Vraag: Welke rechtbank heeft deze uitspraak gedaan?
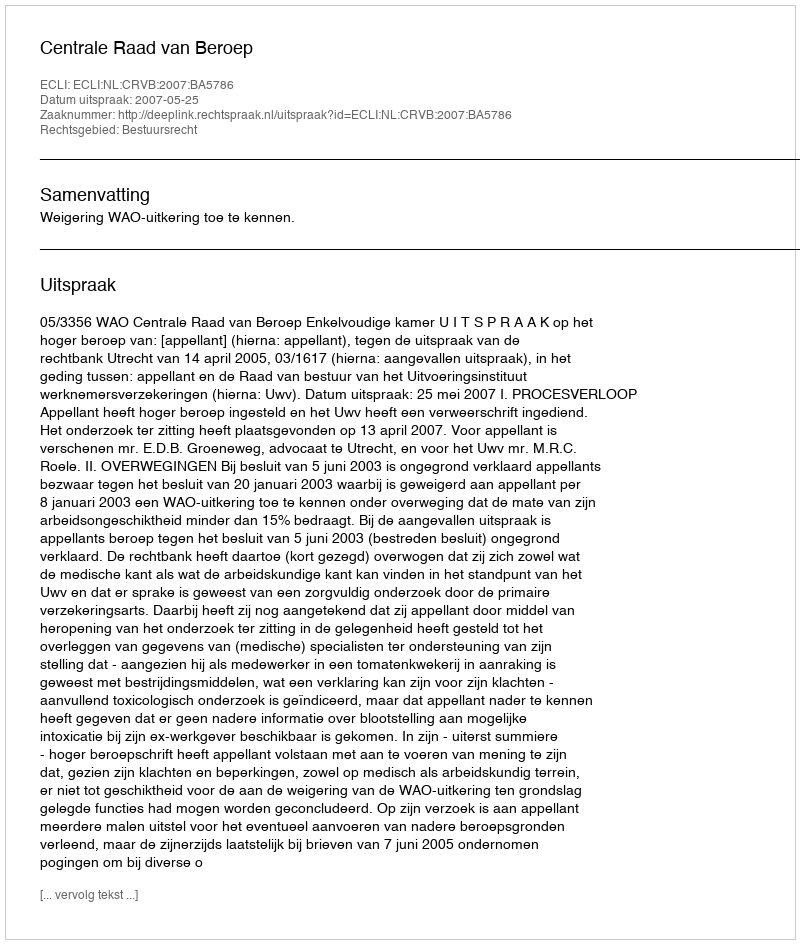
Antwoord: Centrale Raad van Beroep